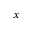
x